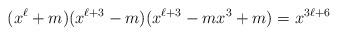
LaTeX: \begin{align*}(x^\ell + m)(x^{\ell + 3} - m)(x^{\ell + 3} - mx^3 + m) = x^{3\ell + 6}\end{align*}